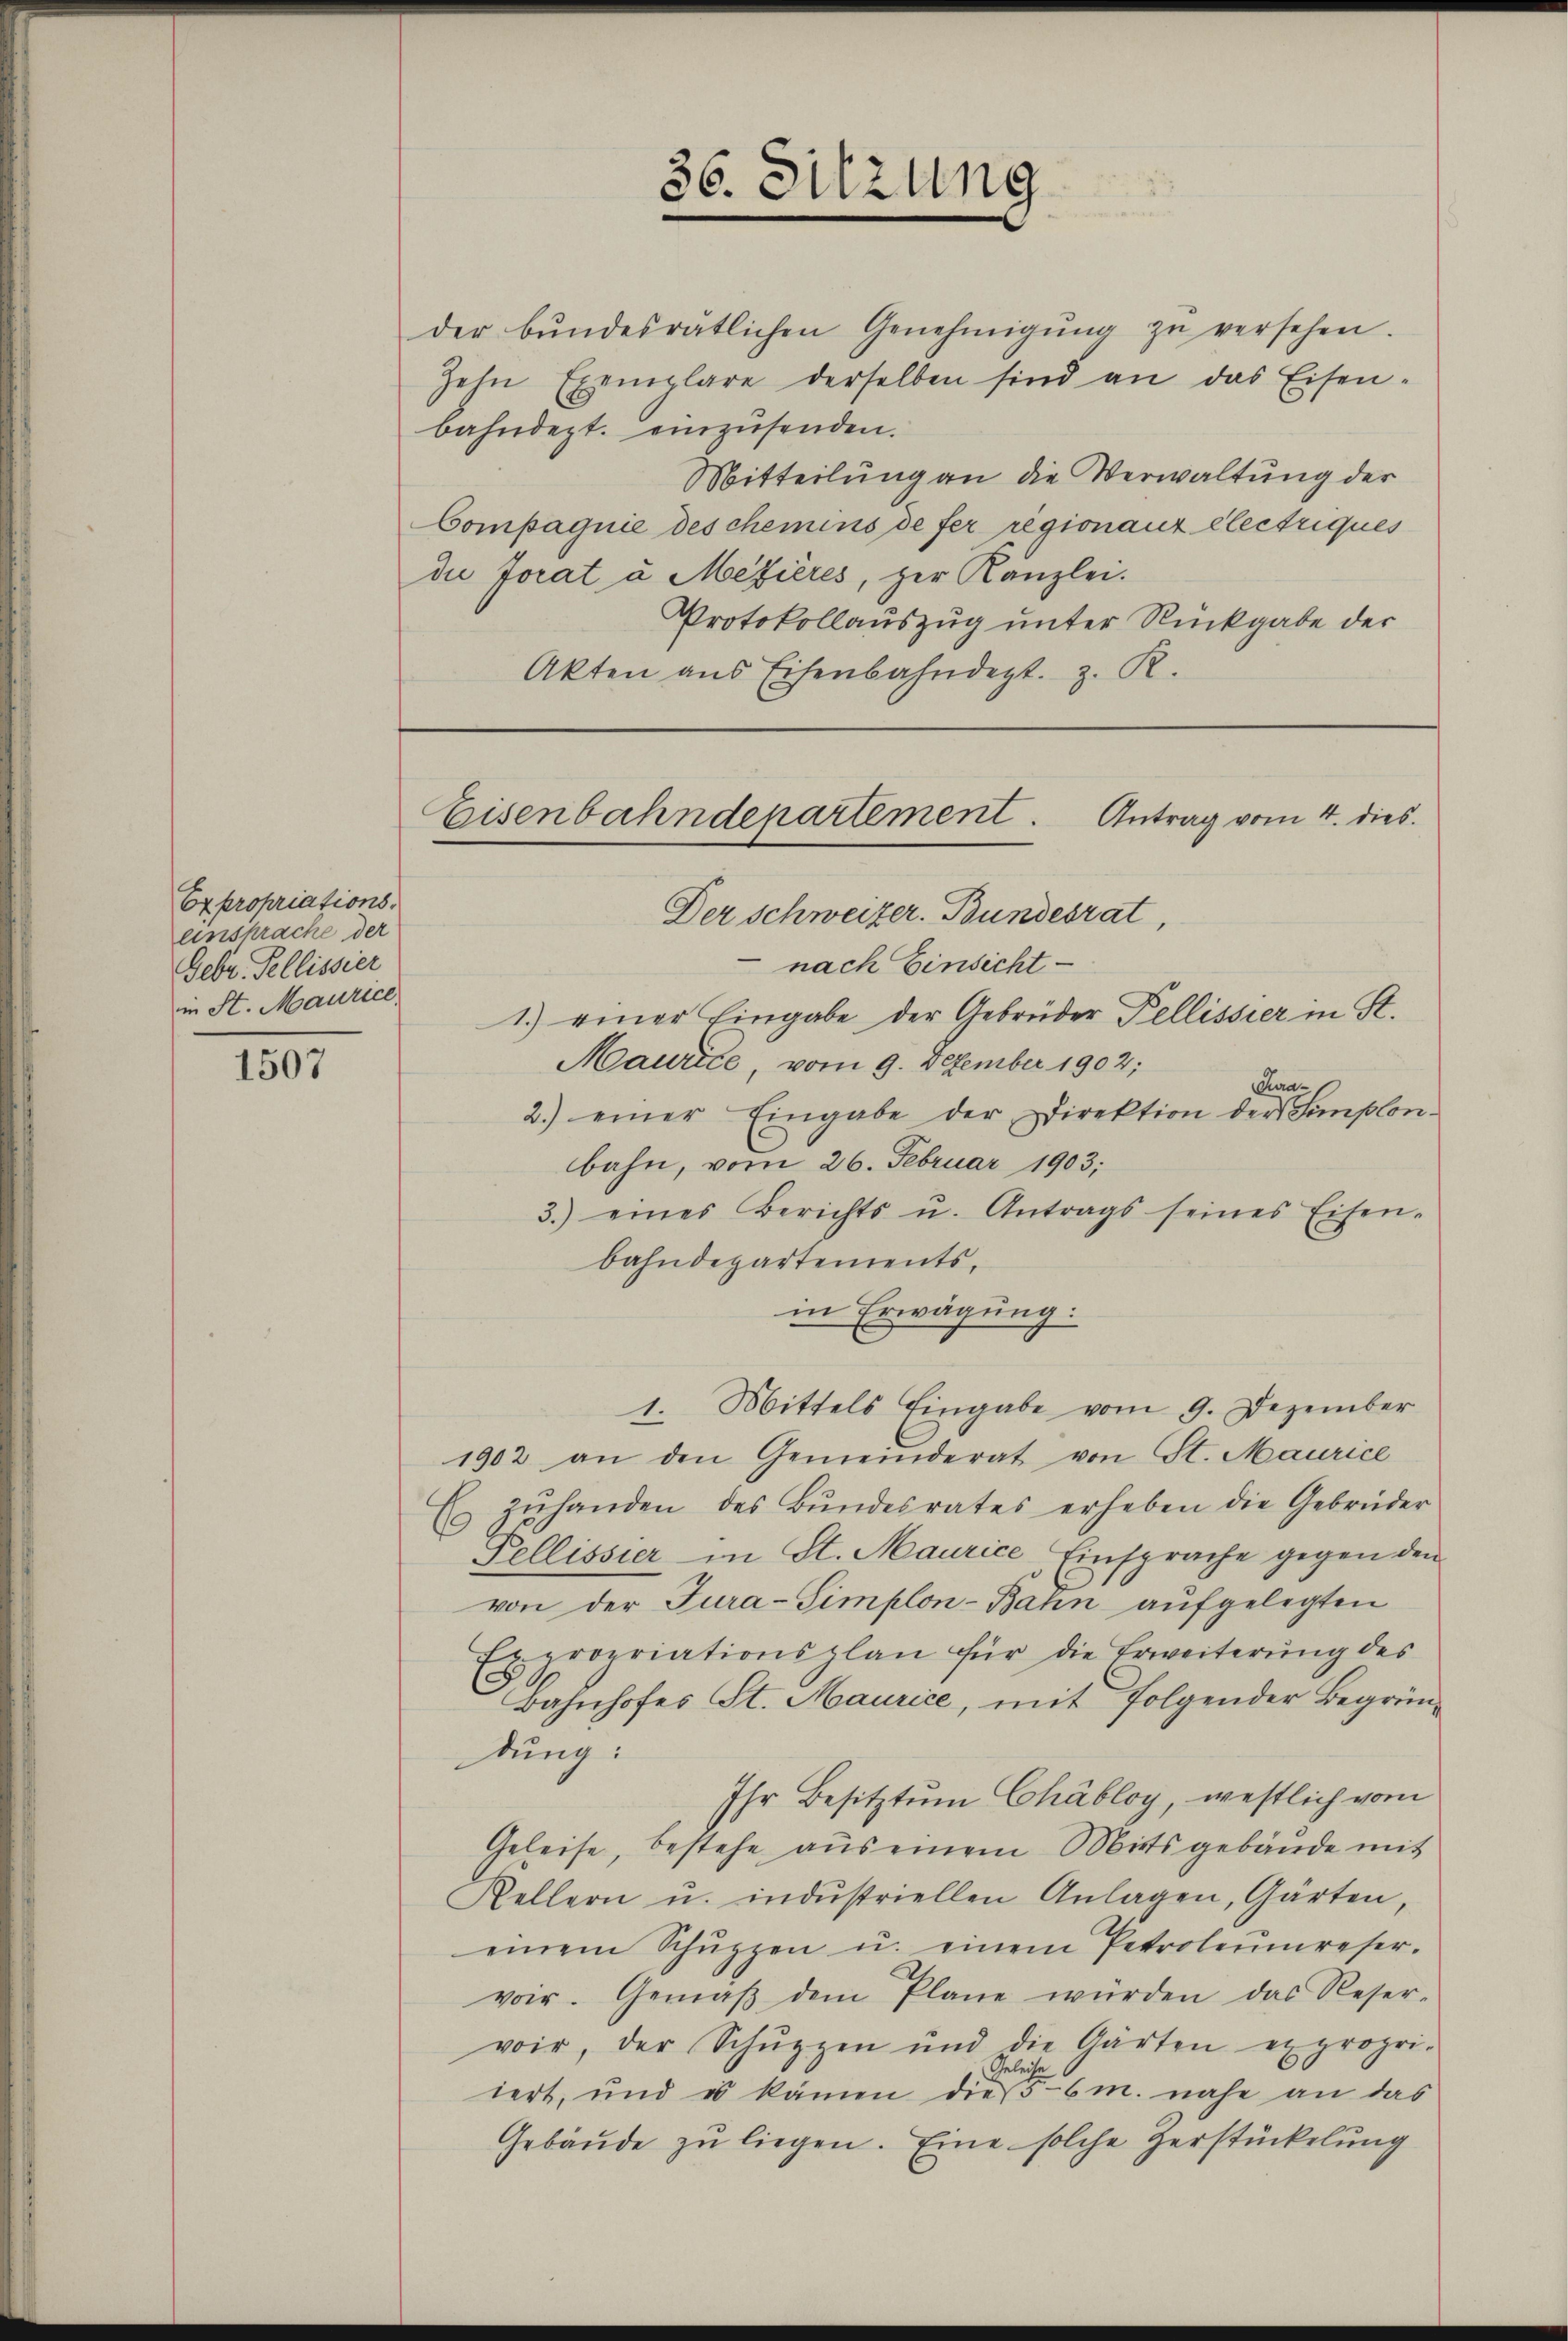
Expropriationseinsprache der
Febr. Pellissier
in St. Maurice

1507

der bŭndesrätlichen Genehmigŭng zŭ versehen.
zehn Exemplare derselben sind an das Eisen-
bahndept. einzusenden.
Mitteilung an die Verwaltung der
Compagnie des chemins de fer regionanz electriques
die Jorat à Mefieres, zur Kanzlei.
Protokollauszug unter Rückgabe der
Akten aus Eisenbahndept. z. R.

36. Sitzung

Eisenbahndepartement. Antrag vom 4. dies
Der Schweizer. Bundesrat,

nach Einsicht
1.) einer Eingabe der Gebrüder Pellissier in St.
Maurice, vom 9. Dezember 1902;
Cura-
2.) einer Eingabe der Direktion der Simplon-
bahn, vom 26. Februar 1903.
3.) eines Berichts u. Antrags seines Eisen-
bahndepartements,
in Erwägung:
1. Mittels Eingabe vom 9. Dezember
1902 an den Gemeinderat von St. Maurice
Es zŭ handen des Bŭndesrates erheben die Gebrüder
Pellissier in St. Maurice Einsprache gegen den
von der Jura-Simplon-Bahn aufgelegten
Expropriationsplan für die Erweiterung des
Bahnhofes St. Maurice, mit folgender Begründung:
Ihr Besitztum Chabloy, westlich vom
Geleise, bestehe aus einem Mittsgebäude mit
Kellern u. industriellen Anlagen, Gärten,
einem Schŭppen u. einem Petroleŭmreser.
voir. Gemäβ dem Plane würden das Reser-
voir, der Schŭppen und die Gärten expropri-
lei
6
iert, und u kämen die 6m. nahe an das
Gebäŭde zu liegen. Eine solche Zerstückelung